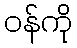
ဝန်ကို